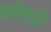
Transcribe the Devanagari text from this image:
बसेसद्बारे